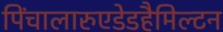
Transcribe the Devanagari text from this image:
पिंचालारुएडेडहैमिल्टन